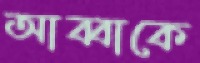
আব্বাকে